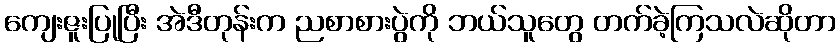
ကျေးဇူးပြုပြီး အဲဒီတုန်းက ညစာစားပွဲကို ဘယ်သူတွေ တက်ခဲ့ကြသလဲဆိုတာ